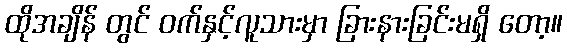
ထိုအချိန် တွင် ဝက်နှင့်လူသားမှာ ခြားနားခြင်းမရှိ တော့။